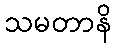
သမတာနိ